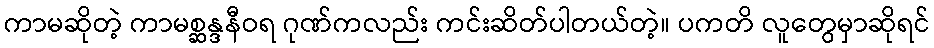
ကာမဆိုတဲ့ ကာမစ္ဆန္ဒနီဝရ ဂုဏ်ကလည်း ကင်းဆိတ်ပါတယ်တဲ့။ ပကတိ လူတွေမှာဆိုရင်